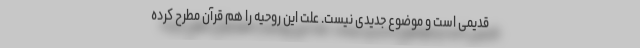
قدیمی است و موضوع جدیدی نیست. علّت این روحیه را هم قرآن مطرح کرده